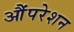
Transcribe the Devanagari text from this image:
औंपरेशन